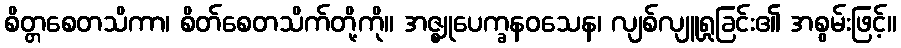
စိတ္တစေတသိကာ၊ စိတ်စေတသိက်တို့ကို။ အဇ္ဈုပေက္ခနဝသေန၊ လျစ်လျူရှုခြင်း၏ အစွမ်းဖြင့်။